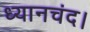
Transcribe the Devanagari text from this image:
ध्यानचंद।